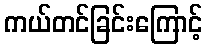
ကယ်တင်ခြင်းကြောင့်